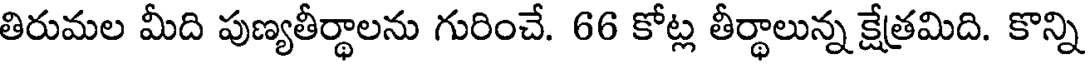
తిరుమల మీది పుణ్యతీర్థాలను గురించే. 66 కోట్ల తీర్థాలున్న క్షేత్రమిది. కొన్ని